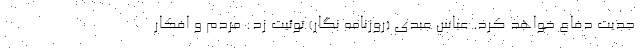
جدیت دفاع خواهد کرد. عباس عبدی (روزنامه نگار) توئیت زد: مردم و افکار